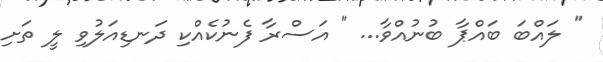
" ލައްބަ ބައްޕާ ބުނުއްވާ... " އަސްރާ ފެނުކެއްކި ދަނޑިއަލުވި ލީ ތަށި